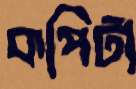
কপিটা